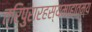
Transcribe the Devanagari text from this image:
त्रिपुरारहस्यमाहात्म्य